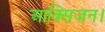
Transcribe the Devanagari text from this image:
आक्सिजन।